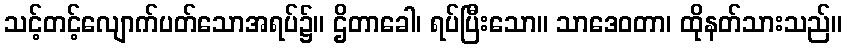
သင့်တင့်လျောက်ပတ်သောအရပ်၌။ ဌိတာခေါ၊ ရပ်ပြီးသော။ သာဒေဝတာ၊ ထိုနတ်သားသည်။